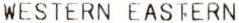
WESTERN EASTERN